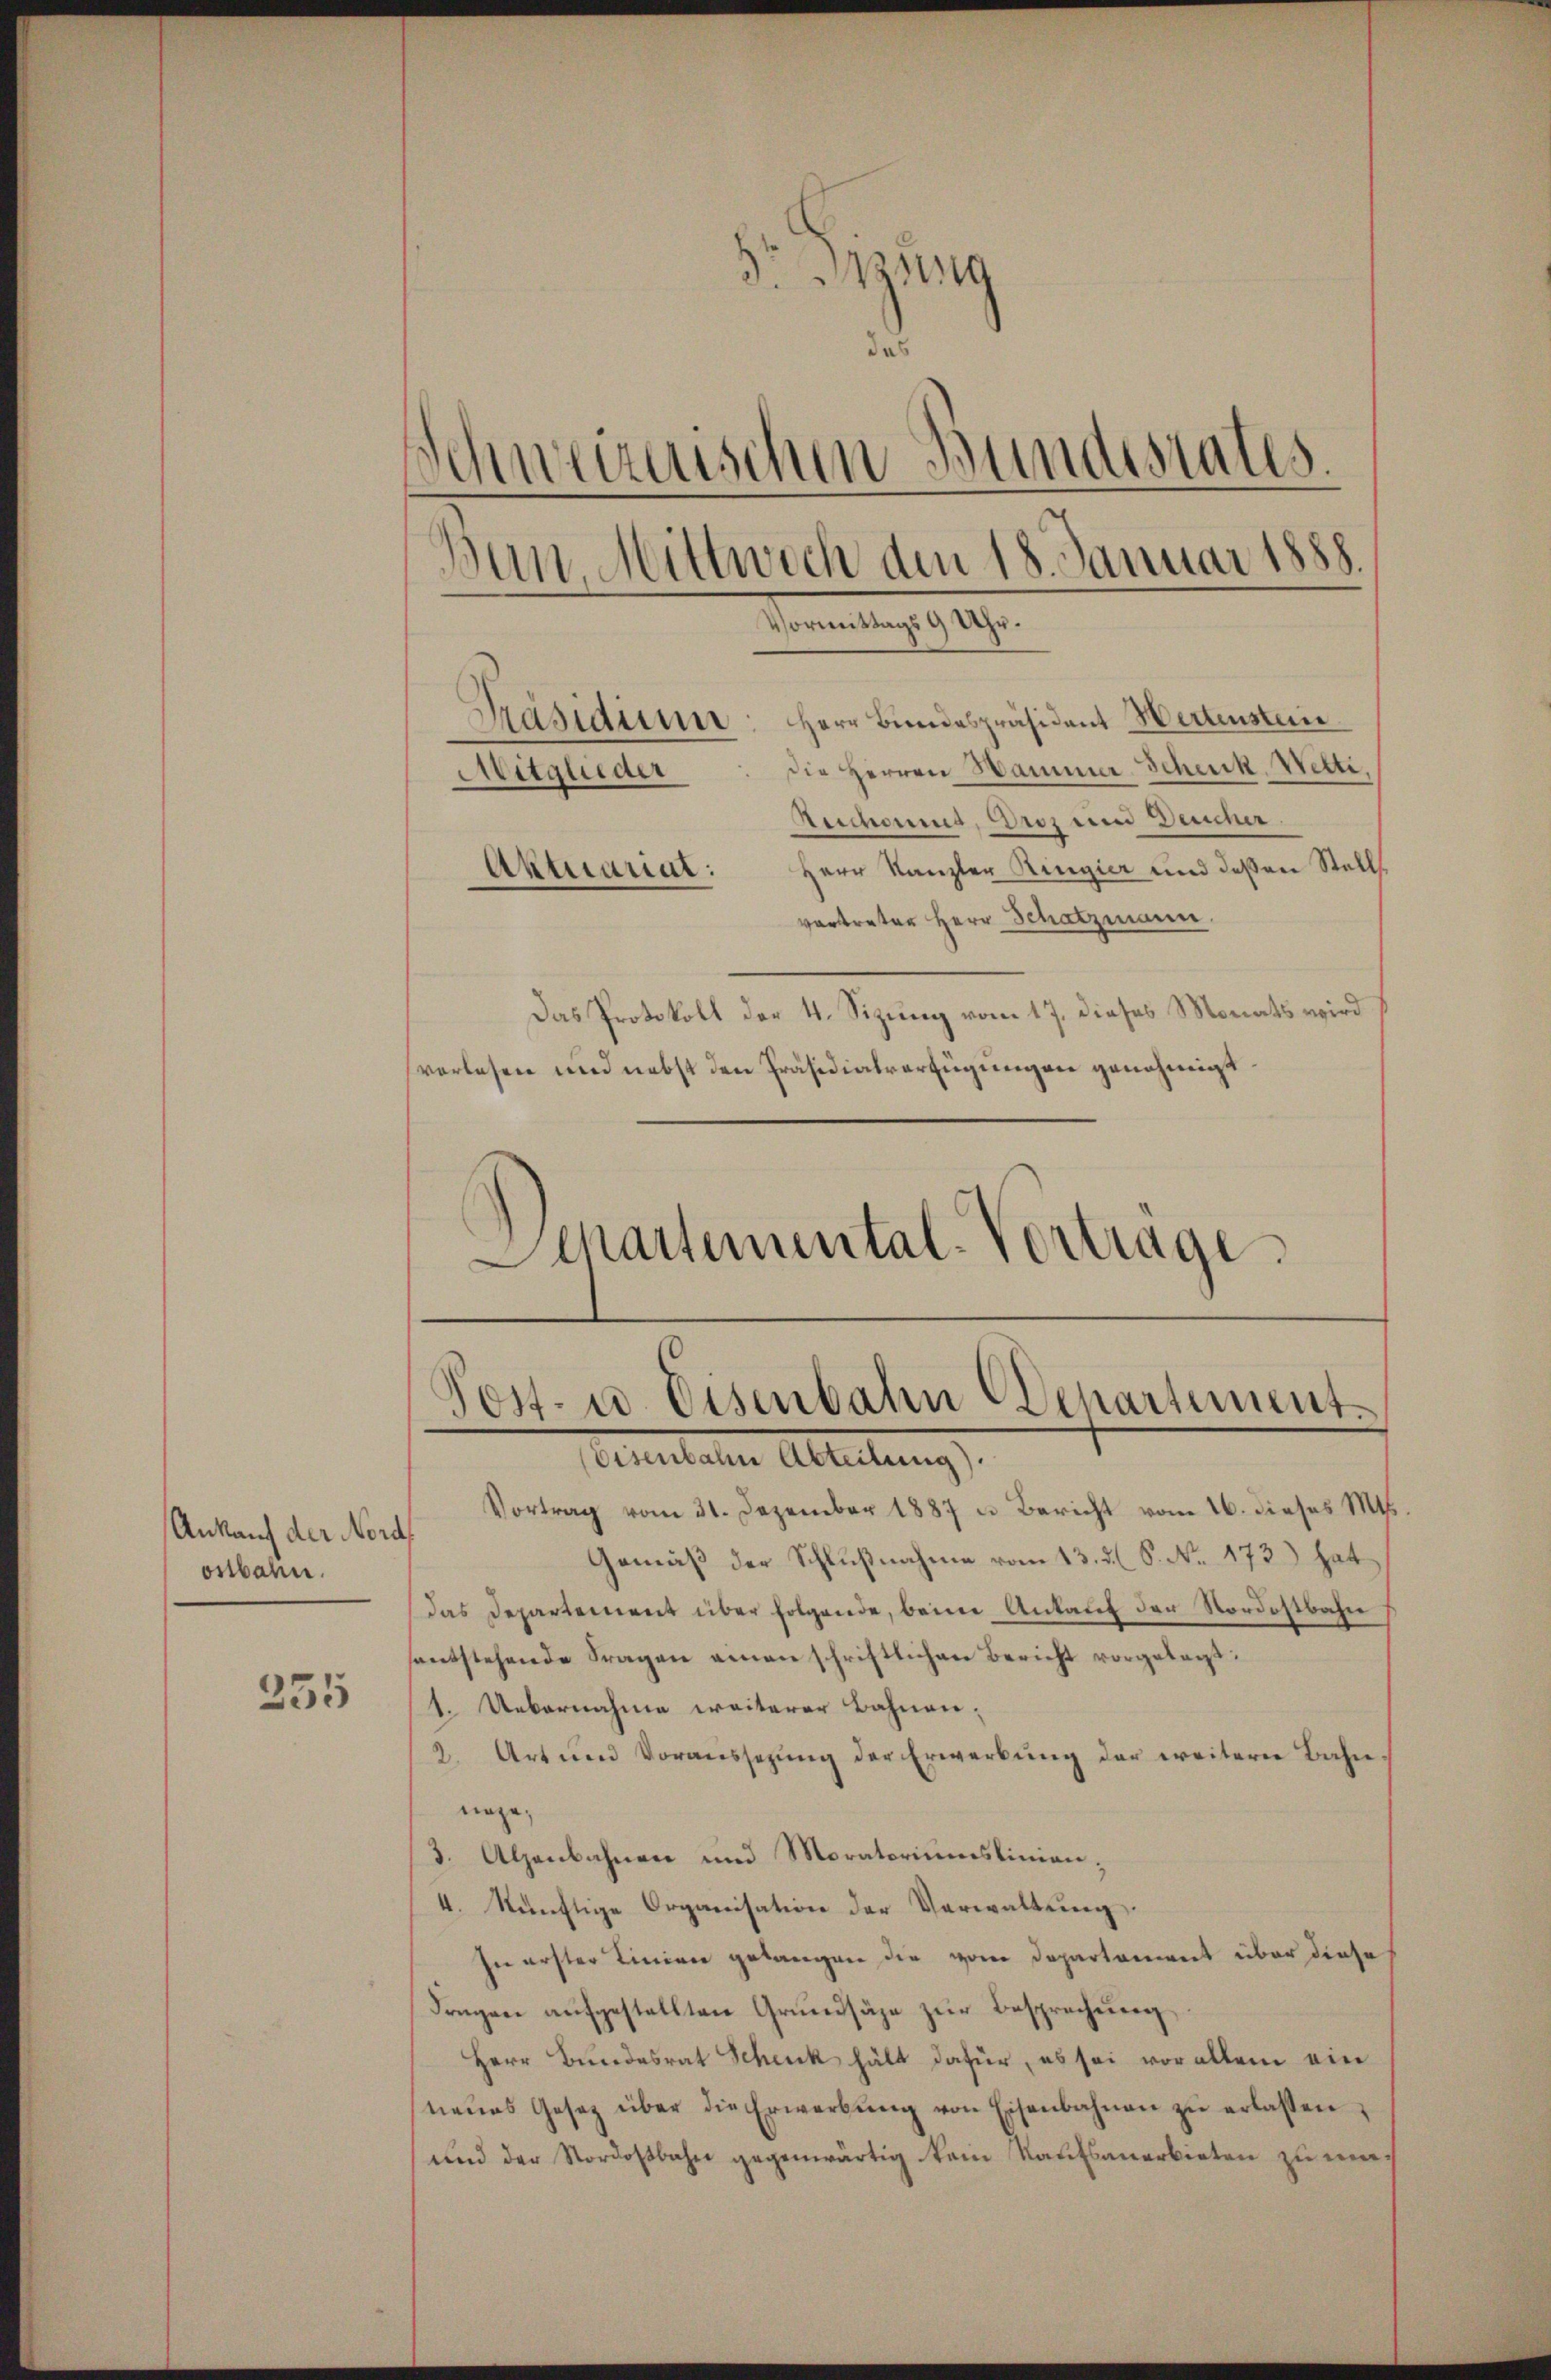
Ankauf der Nord
ostbahn.

235

rung
.
Schweizerischen Bundesrates.
Ban Mittwoch den 18. Januar 1888.
Vormittags 9 Uhr.
Präsidium: Herr Bundespräsident Wertensten
die Herren Hammer-Schenk, Wetti,
Mitglieder
Rechand, Droz um Deucher.
Herr Kanzler Ringier und deßen Stell¬
Aktuarial:
vortreter Herr Schatzmann.

Das Protokoll der 4. Sizung vom 17. dieses Monats wird
vorlesen und nebst den Präsidialverfügungen genehmigt
Departemental-Vortrage

Post- u. Eisenbahn Departement.
Eisenbahn Abteilung).

Vortrag vom 31. Dezember 1887 u. Bericht vom 16. dieses M.
Gemäß der Schlußnahme vom 13. d. S. No. 173.) hat
das Departement über folgende, beim Ankauf der Nordostbahn
sentstehende Fragen amen schriftlichen Bericht vorgelegt:
1. Uebernahme weiterer Bahnen-
2. Art um Voraussezŭng der Erwerbŭng der weitern Bahn-
nage,
3. Alpenbahnen und Moratoriumslinien;
4. künftige Organisation der Verwaltung.
In erster Linien gelangen die vom Departement über diese
Fragen aufgestellten Grundsäge zur Besprechung
Herr Bundesrat Schenk hält dafür, es sei vor allem ein
neues Gesetz über die Erwerbŭng von Eisenbahnen zŭ erlassen,
und der Nordostbahn gegenwärtig kein Kaufsanerbieten zu ma¬